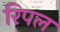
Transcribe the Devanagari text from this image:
रिपल